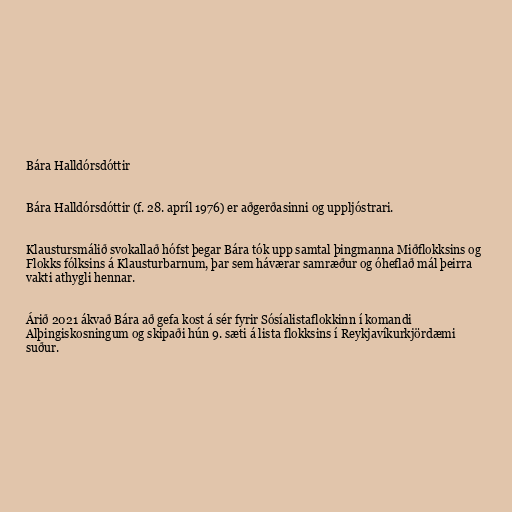
Bára Halldórsdóttir

Bára Halldórsdóttir (f. 28. apríl 1976) er aðgerðasinni og uppljóstrari.

Klaustursmálið svokallað hófst þegar Bára tók upp samtal þingmanna Miðflokksins og
Flokks fólksins á Klausturbarnum, þar sem háværar samræður og óheflað mál þeirra
vakti athygli hennar.

Árið 2021 ákvað Bára að gefa kost á sér fyrir Sósíalistaflokkinn í komandi
Alþingiskosningum og skipaði hún 9. sæti á lista flokksins í Reykjavíkurkjördæmi
suður.